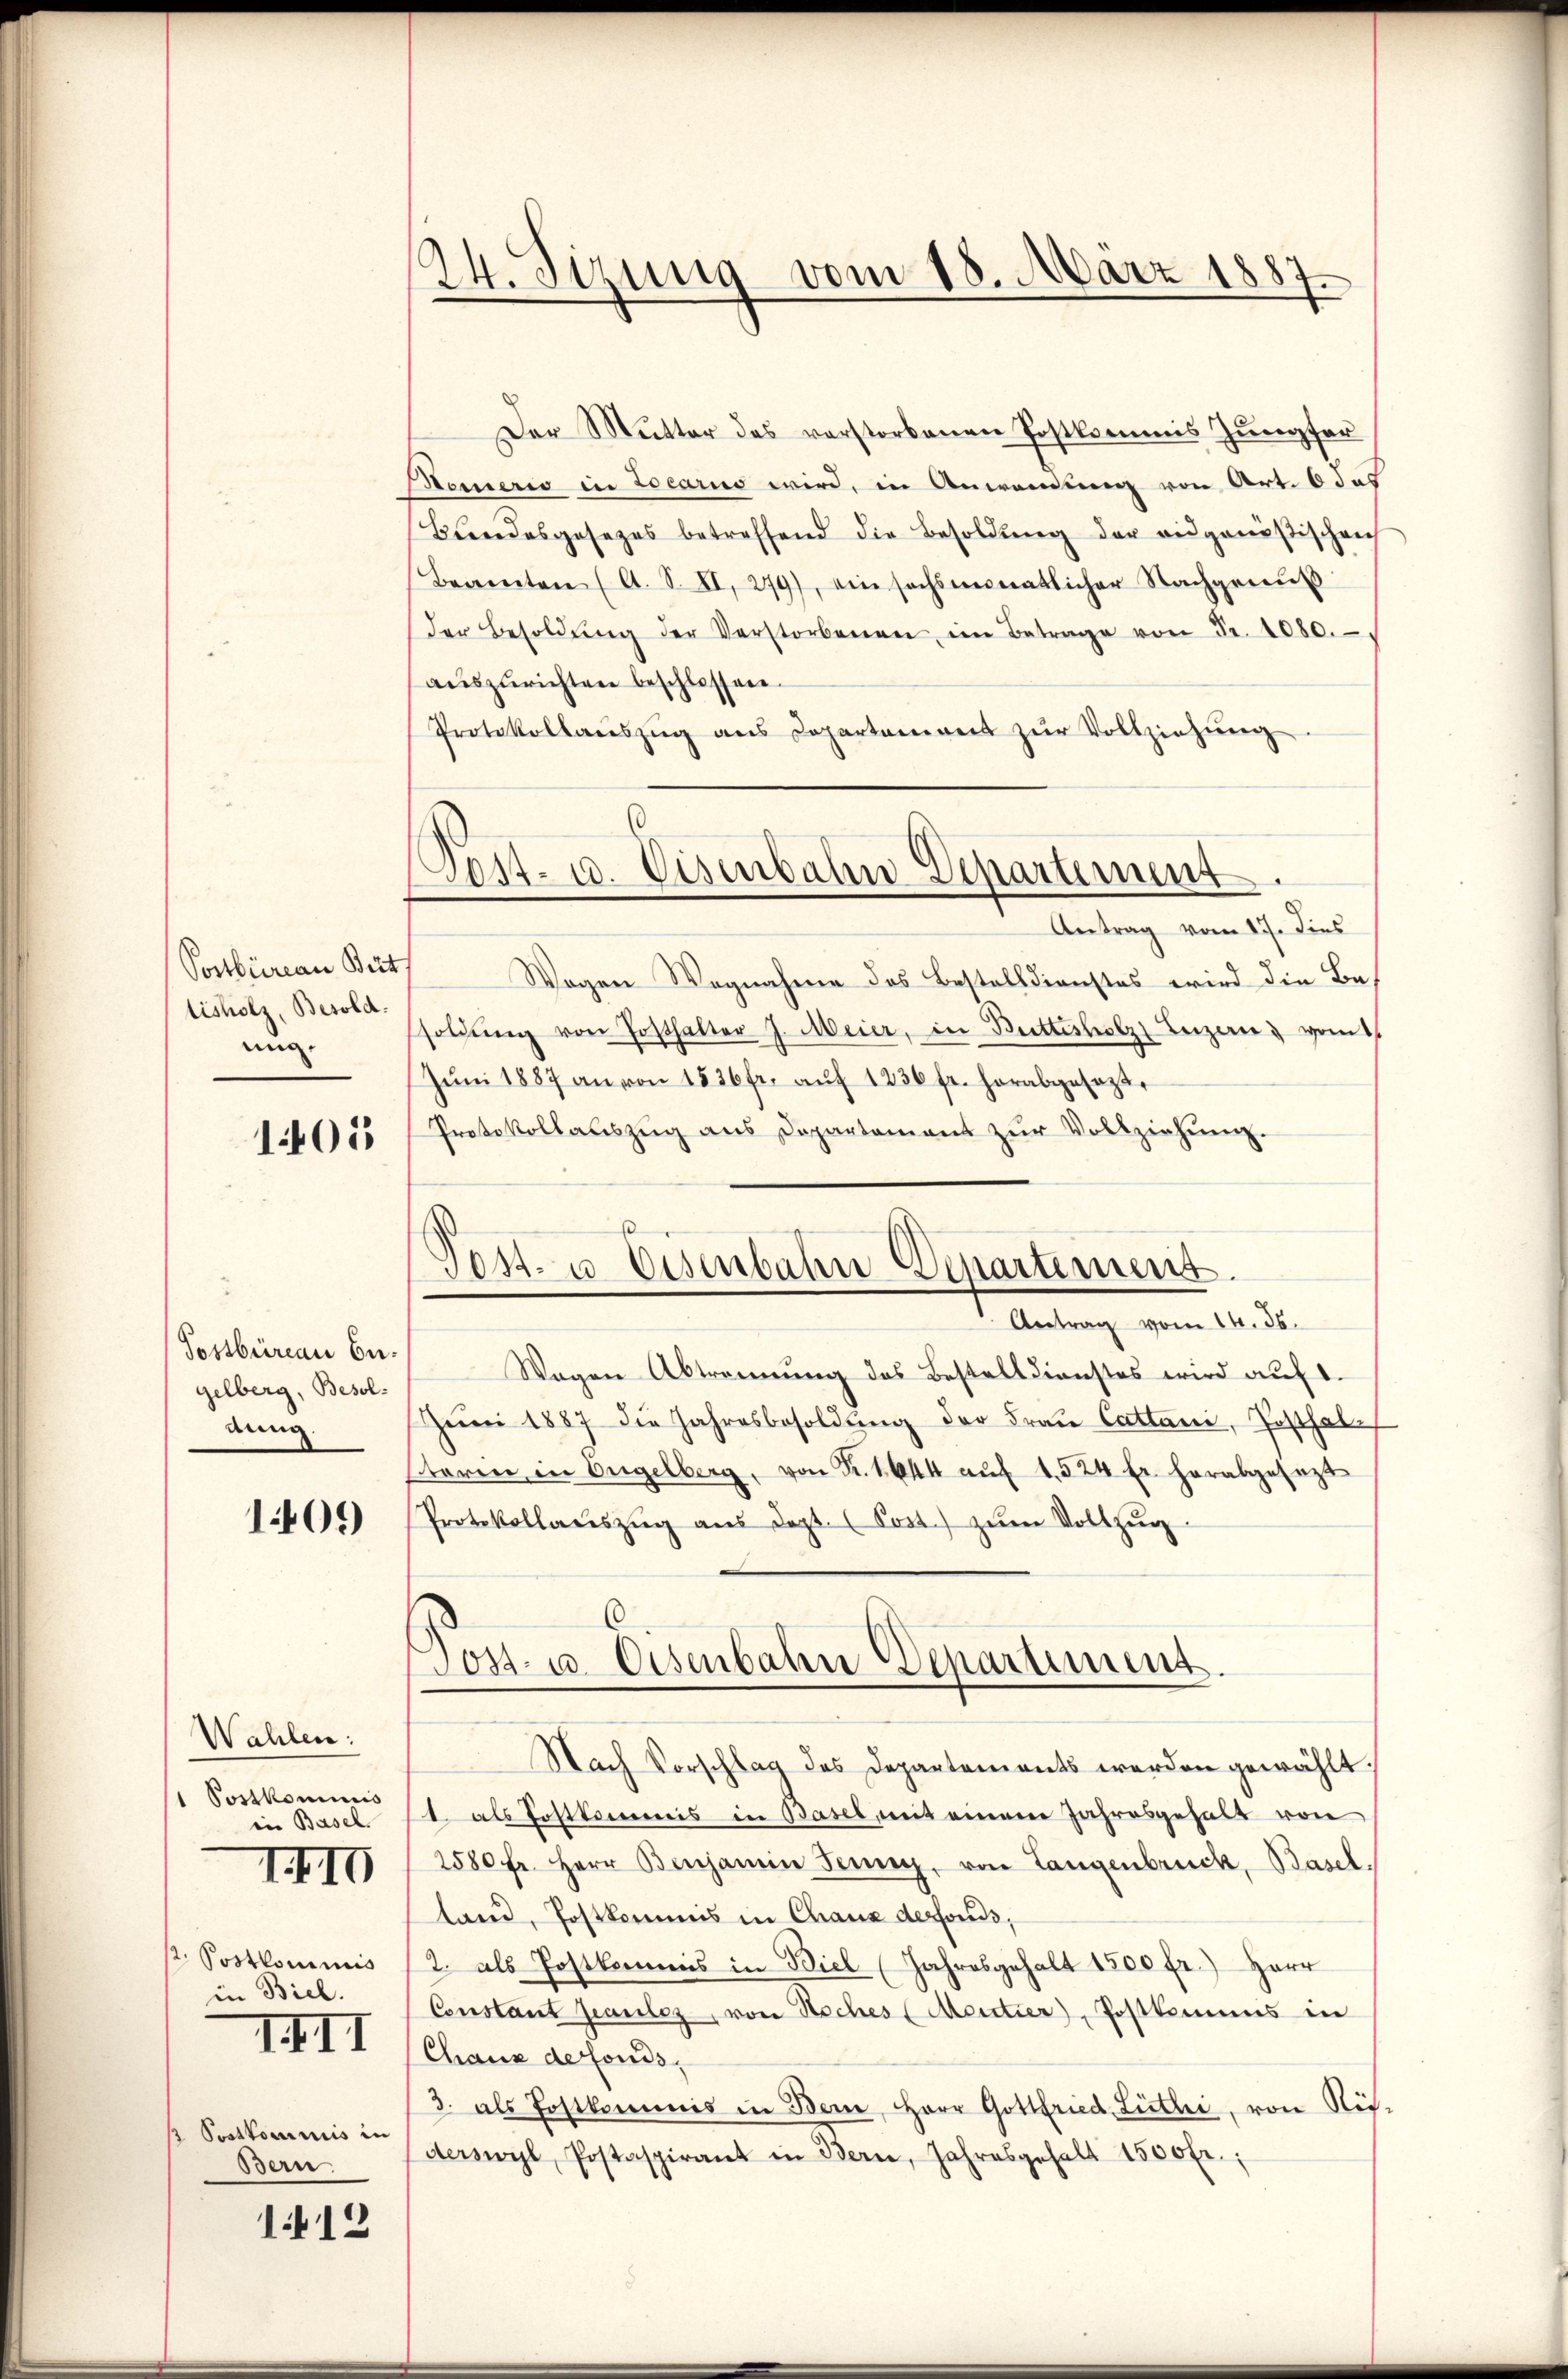
Postbüreau Bet
tisholz, Besold.
ung.
1405

gelberg, Besolanng.

1409

Wahlen:
1 Postkommis
ein Basel
1. Postkommnis
in Biel.
III
 Postkommnis in
Bern.

III

1412

24. Sizung vom 18. März 1887.

Der Mutter des vorstorbenen Postkommis Jungfer
Meineris in Locario wird, in Anwendung von Art. 6 das
Beendesgesezes betreffend die Besoldŭng der eidgenößischen
Beamten (A. S. II, 279), ein sechsmonatlicher Nachgenŭβ
der Besoldŭng der Verstorbenen im Betrage von Fr. 1080.
auszurichten beschlossen.
Protokollaŭszŭg ans Departement zŭr Vollziehŭng
Antrag vom 17. dies
Wogen Wagnahme des Bestelldienstes wird die Besoldŭng von Posthalter J. Meier, in Buttesholz Leizeris vom
Jŭni 1887 an von 1526 fr. aŭf 1236 fr. herabgesezt,
Protokollaŭszŭg ans Departament zŭr Vollziehŭng.
Antrag vom 14. 36.
Postbüreau der Wagen Abtrennung des Bestall dienstes wird aŭf 1.
Jŭni 1887 die Jahresbesoldung der Frau Cattani, Posthale
taren in Engelberg, von Fr. 1644 aŭf 1. 524 fr. herabgesezt
Protokollaŭszŭg aŭs dept. (Post.) zŭm Vollzŭg.
Jost- u. Eisenbahn Deparament.
Nach Vorschlag des Departements werden gewählt,
1. als Postkommis in Basel mit einem Jahresgehalt von
2580 fr. Herr Benjamin Jenny, von Langenbruck, Basel,
land, Postkommis in Chaus derfonds,
2. als Postkommis in Biel (Jahresgehalt 1500 fr.) Herr
Constant seauloz, von Hoches (Mentier, Postkommis in
Chaux defonds,
3. als Postkommis in Bern, Herr Gottfried Lietli, von Rit-
derswyl, Postaspirant in Bern, Jahresgehalt 1500 fr.;

Post- u. Eisenbahn Departement.

.
vos- u Eisenbahn Departemens